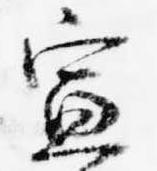
宣